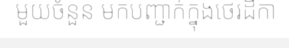
មួយចំនួន មកបញ្ជាក់ក្នុងថេរដីកា